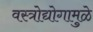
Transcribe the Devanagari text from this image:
वस्त्रोद्योगामुळे